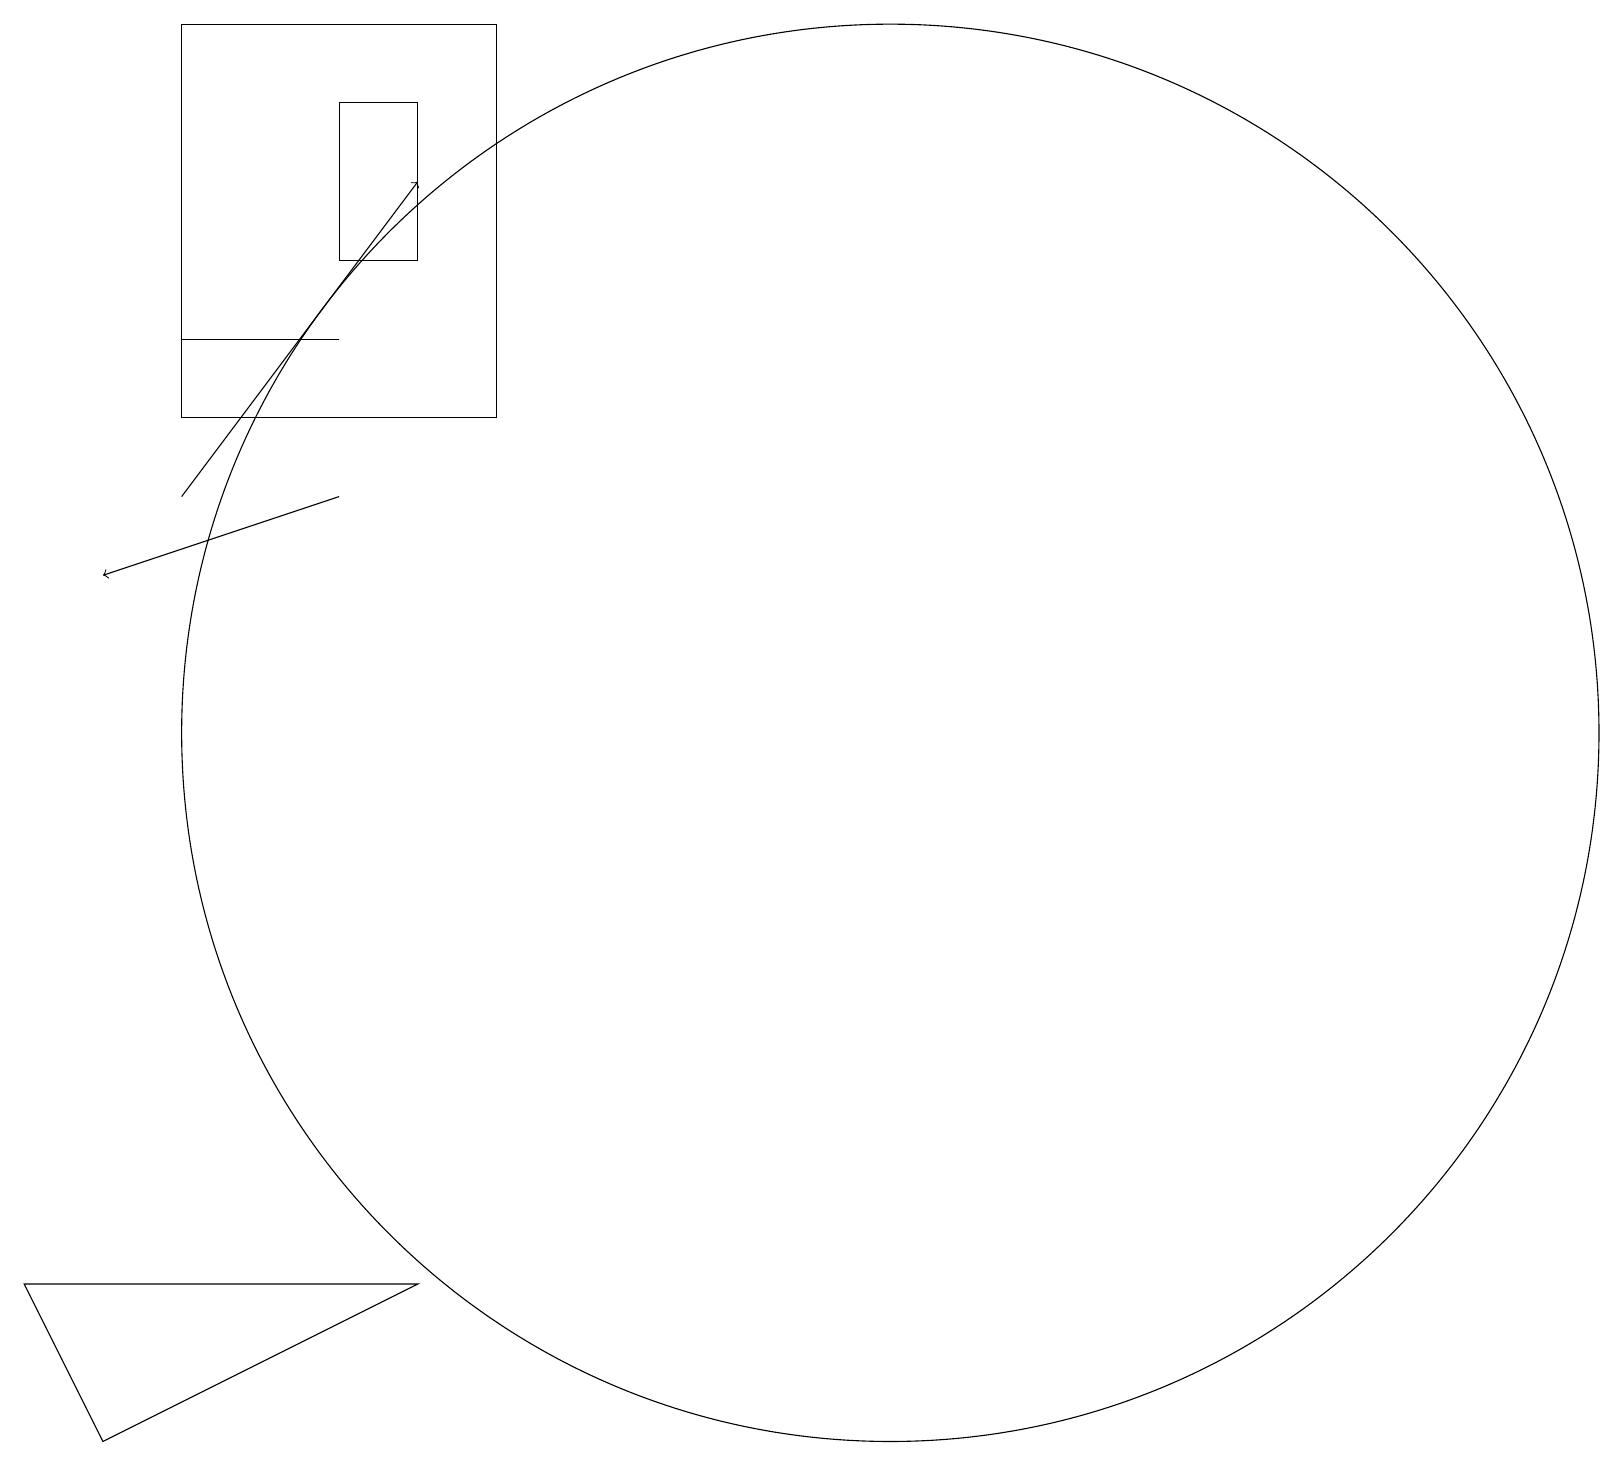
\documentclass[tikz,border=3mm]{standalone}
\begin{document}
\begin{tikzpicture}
\draw (12,10) circle (9);
\draw (6,18) rectangle (5,16);
\draw (5,15) rectangle (3,15);
\draw (11,11) circle (0);
\draw (3,14) rectangle (7,19);
\draw (6,3) -- (1,3) -- (2,1) -- cycle;
\draw[->] (3,13) -- (6,17);
\draw[->] (5,13) -- (2,12);
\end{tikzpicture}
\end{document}